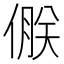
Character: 𪝝